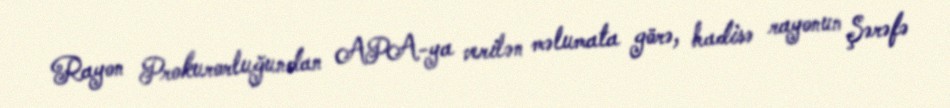
Rayon Prokurorluğundan APA-ya verilən məlumata görə, hadisə rayonun Şərəfə